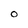
Character: 0